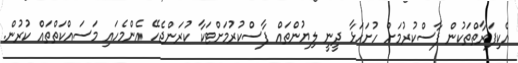
އެކިފަރާތްތަކުން ފާސްކުރުމަށް ހުށަހަޅާ ދީނީ ލިޔުންތައް ފާސްކުރުމަށްޓަކާ ކުރަންޖެހޭ އެންމެހައި މަސައްކަތްތައް ކުރުން.